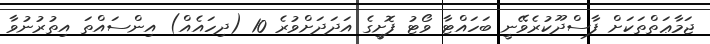
ޖަމާޢަތްތަކަށް ފާސްދޫކުރެވޭނީ ބަހައްޓާ ވޯޓު ފޮށީގެ އަދަދަށްވުރެ 10 (ދިހައެއް) އިންސައްތަ އިތުރުނުވާ